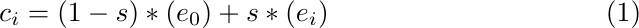
\begin{align}
    c_i = (1-s)*(e_0) + s*(e_i)
\end{align}